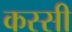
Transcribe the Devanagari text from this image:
कस्सी